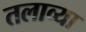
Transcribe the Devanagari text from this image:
तलाव्या